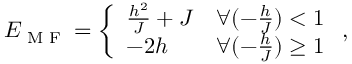
E _ { \textrm { M F } } = \left\{ \begin{array} { l l } { \frac { h ^ { 2 } } { J } + J } & { \forall ( - \frac { h } { J } ) < 1 } \\ { - 2 h } & { \forall ( - \frac { h } { J } ) \ge 1 } \end{array} \right. ,